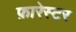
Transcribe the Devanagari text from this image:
फ़ारेस्टर